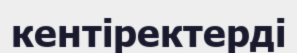
кентіректерді